Juri_Uluots, lk 95
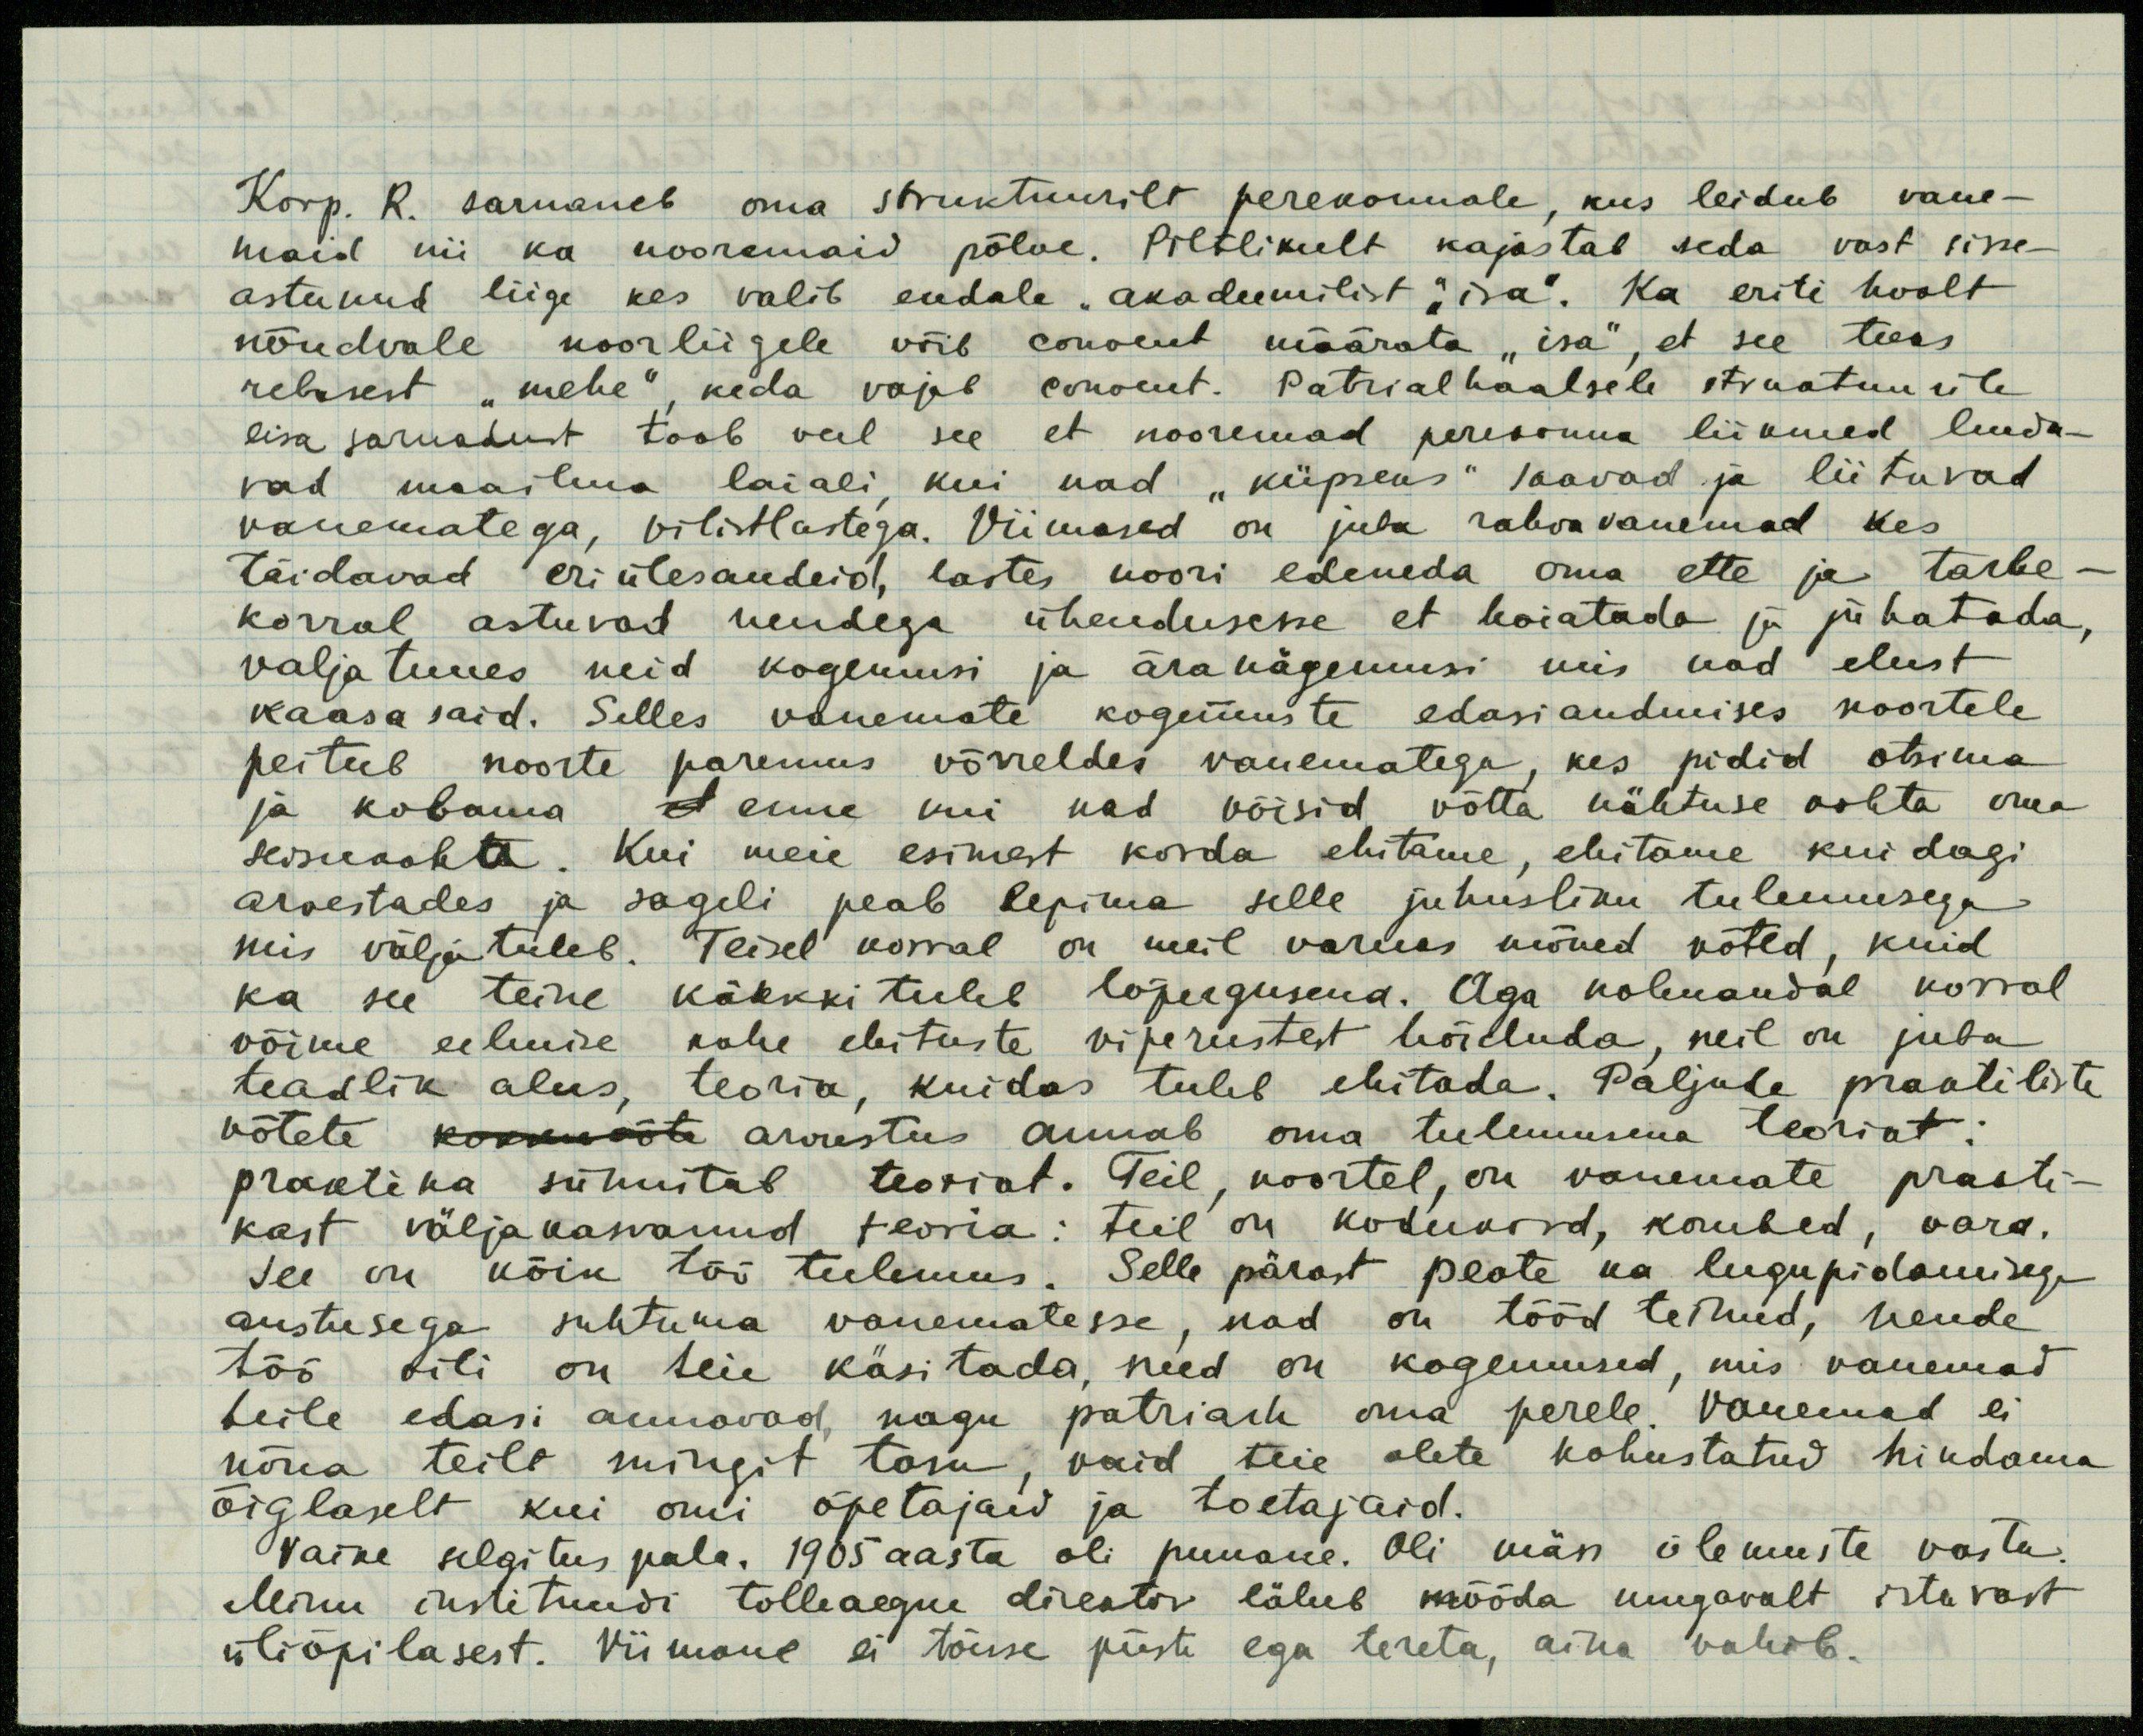
Korp. R. sarnaneb oma struktuurilt perekonnale, kus leidub vane-
maid nii ka nooremaid põlve. Piltlikult kajastab seda vast sisse-
astunud liige kes valib endale "akadeemilist" "isa". Ka eriti hoolt
nõudvale noorliigele võib convent määrata "isa", et see teeks
rebasest "mehe", keda vajab convent. Patriarhaalsele struktuurile
lisa sarnasust toob veel see et nooremad perekonna liikmed lenda-
vad maailma laiali, kui nad "küpseks" saavad ja liituvad
vanematega, vilistlastega. Viimased on juba rahvavanemad kes
täidavad eriülesandeid, lastes noori edeneda oma ette ja tarbe-
korral astuvad nendega ühendusse et hoiatada ja juhatada,
valja tuues neid kogemusi ja äranägemusi mis nad elust
kaasa said. Selles vanemate kogemuste edasiandmises noortele
peitub noorte paremus võrreldes vanematega, kes pidid otsima
ja kobama et enne kui nad võisid võtta nähtuse kohta oma
seisukoha. Kui meie esimest korda ehitame, ehitame kuidagi
arvestades ja sageli peab lepima selle juhusliku tulemusega
mis välja tuleb. Teisel korral on meil varuks mõned võted, kuid
ka see teine käkkki tuleb lopergusena. Aga kolmandal korral
võime eelmise kahe ehituste viperustest hoiduda, neil on juba
teadlik alus, teoria, kuidas tuleb ehitada. Paljude praktiliste
võtete kokkuvõte arvestus annab oma tulemusena teoriat:
praktika sünnitab teoriat. Teil, noortel, on vanemate prakti-
kast väljakasvanud teoria: teil on kodukord, kombed, vara.
See on kõik töö tulemus. Selle pärast peate ka lugupidamisega
austusega suhtuma vanematesse, nad on tööd teinud, nende
töö vili on teie käsitada, need on kogemused, mis vanemad
teile edasi annavad, nagu patriarh oma perele. Vanemad ei
nõua teilt mingit tasu, vaid teie olete kohustatud hindama
õiglaselt kui omi õpetajaid ja toetajaid.
Vaike selgitus pala. 1905 aasta oli punane. Oli mäss ülemuste vastu.
Minu instituudi tolleaegne direktor läheb mööda mugavalt istuvast
üliõpilasest. Viimane ei tõuse püsti ega tereta, aina vahib.